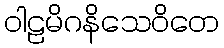
ဝါဠမိဂနိသေဝိတေ